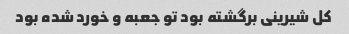
کل شیرینی برگشته بود تو جعبه و خورد شده بود